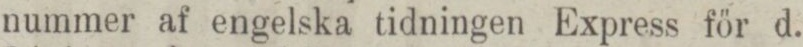
nummer af engelska tidningen Express för d.